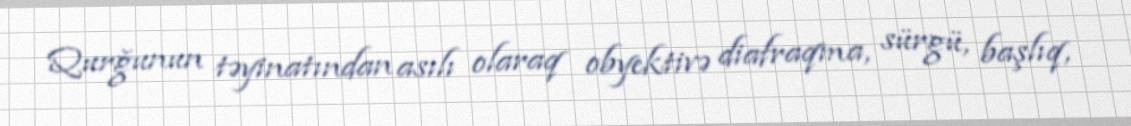
Qurğunun təyinatından asılı olaraq obyektivə diafraqma, sürgü, başlıq,